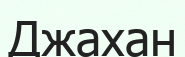
Джахан